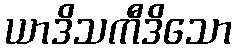
ယာဒိသကီဒိသော